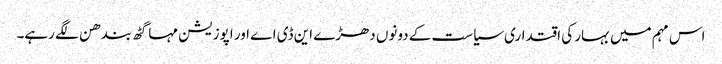
اس مہم میں بہار کی اقتداری سیاست کے دونوں دھڑے این ڈی اے اور اپوزیشن مہا گٹھ بندھن لگے رہے۔